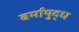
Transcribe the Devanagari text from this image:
बर्मायुद्ध